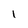
Character: l